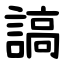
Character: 謞